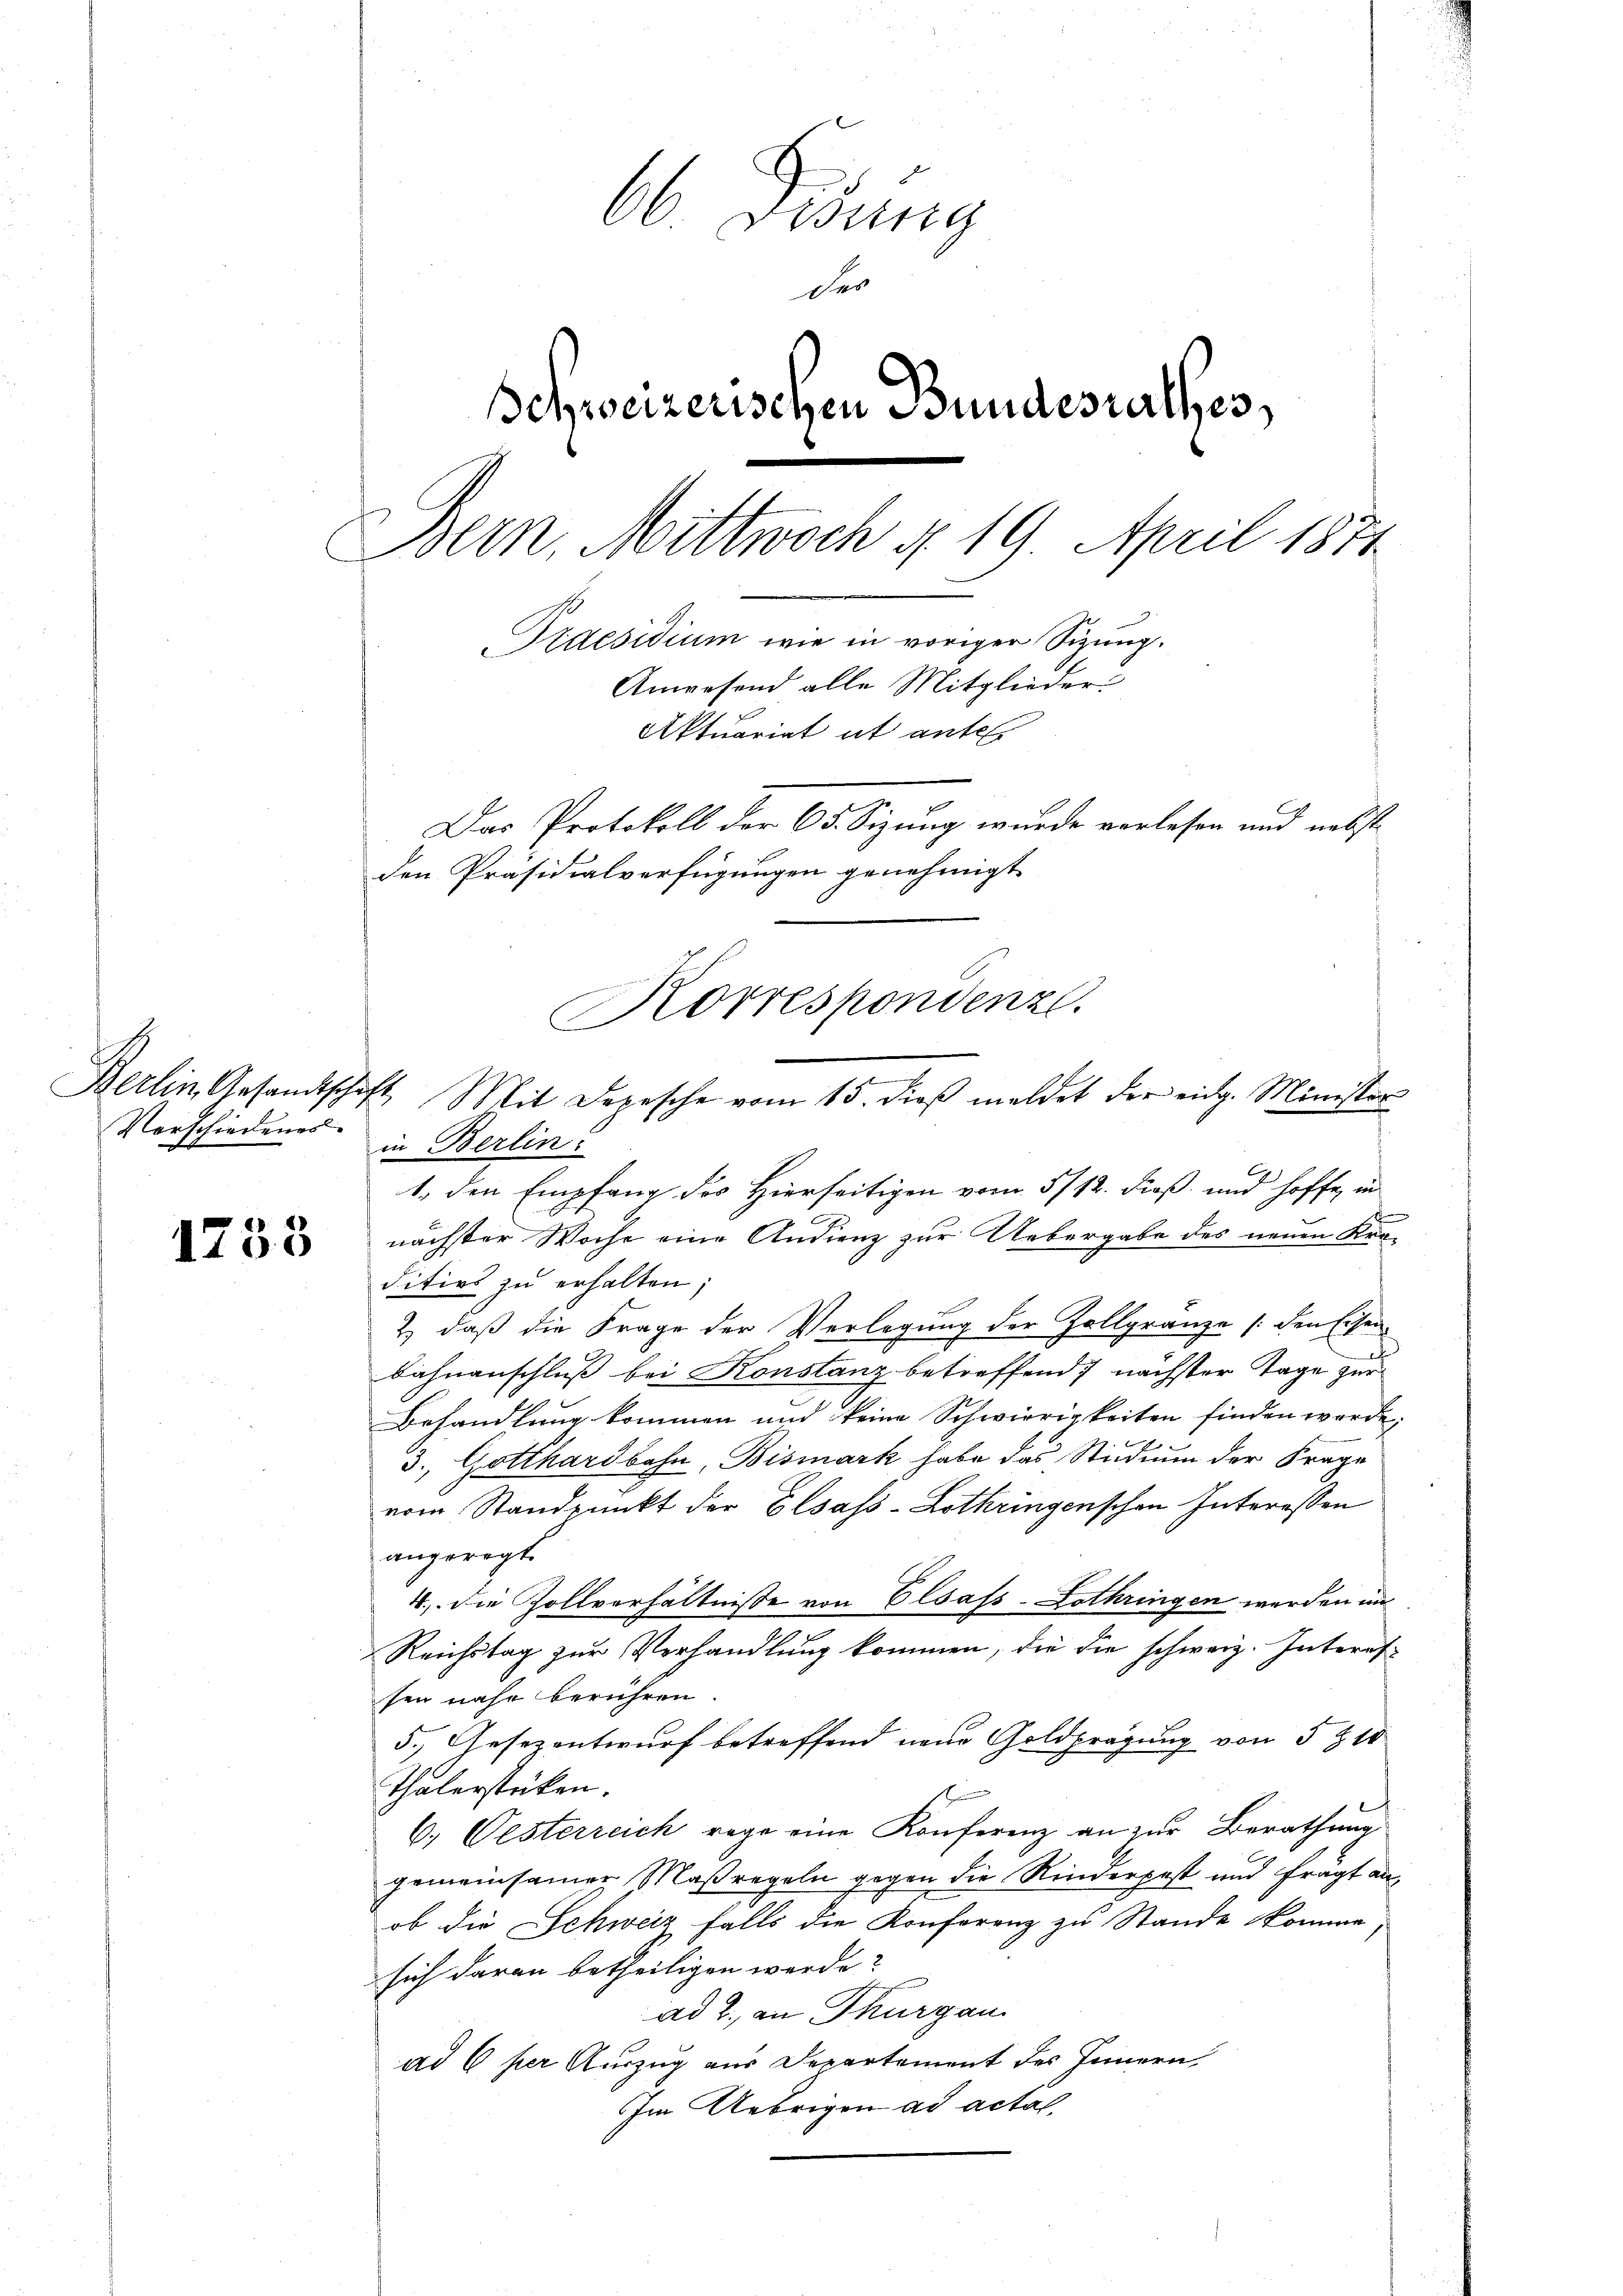
Berlin Gesandtschaft
Verschiedenes

1733

66 Didung
des
Schweizerischen Bundesrathes,
Bern, Mittwoch v. 19. April 1871
Praesidium wie in voriger Sizung.
Anwesend alle Mitglieder
Aktuariat ut antel
Das Protokoll der 65. Sizung wurde verlesen und nebst
den Präsidialverfügungen genehmigt

in Berlin:
1., den Empfang des Hierseitigen vom 5/12. dieß und hoffe, in
nächster Woche eine Andienz zur Uebergabe des neuen Kraditivs zŭ erhalten;
2) daß die Frage der Verlegung der Zollgränze (den Eisen
bahnanschluß bei Konstanz betreffend nächster Tage zur
Behandlung kommen und keine Schwierigkeiten finden werde.
3., Gotthardbahn, Bismark habe das Studium der Frage
vom Standpunkt der Elsass-Lothringenschen Interessen
angeregt.
4., die Zollverhältnisse von Elsass-Lothringen werden in
Reichstag zur Verhandlung kommen, die die schweiz. Interessen nahe berühren
5.) Gesezentwurf betreffend neue Goldprägung von 5 § 10
Thalerstücken.
6. Oesterreich rege eine Konferenz an zur Berathung
gemeinsamer Maßregeln gegen die Rinderpest und fragt anob die Schweiz falls die Konferenz zu Stande komme
sich daran betheiligen werde?
ad 2., an Thurgau
ad 6 per Auszug aus Departement des Innern,
Im Uebrigen ad actal,

Korrespondenz.
Mit Depesche vom 15. dieβ meldet der eidg. Minister